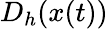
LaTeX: D_{h}(x(t))